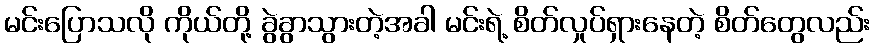
မင်းပြောသလို ကိုယ်တို့ ခွဲခွာသွားတဲ့အခါ မင်းရဲ့ စိတ်လှုပ်ရှားနေတဲ့ စိတ်တွေလည်း